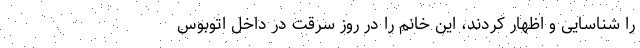
را شناسایی و اظهار کردند، این خانم را در روز سرقت در داخل اتوبوس